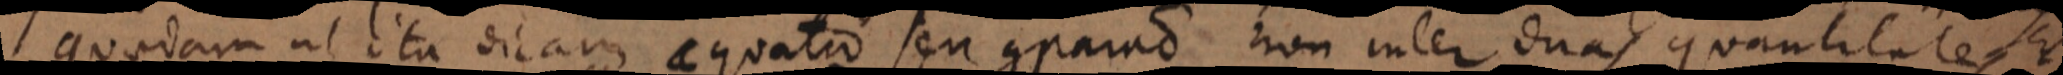
quaedam ut ita dicam aequatio seu comparatio non inter duas quantitates